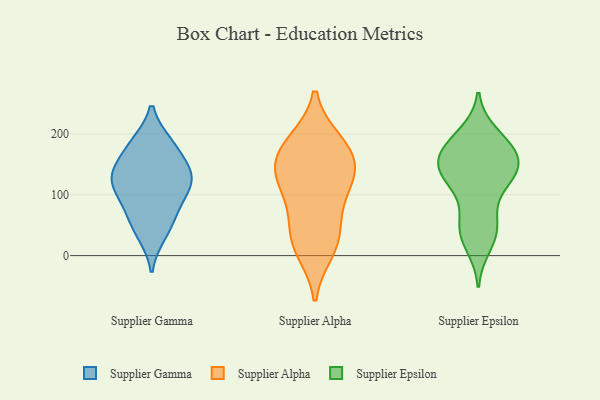
{"axis": {"x": "Active Users", "y": "Value"}, "legend": ["Supplier Alpha", "Supplier Epsilon", "Supplier Gamma"], "data": [{"x": "", "y": 34, "type": "Supplier Gamma"}, {"x": "", "y": 81, "type": "Supplier Gamma"}, {"x": "", "y": 135, "type": "Supplier Gamma"}, {"x": "", "y": 136, "type": "Supplier Gamma"}, {"x": "", "y": 60, "type": "Supplier Gamma"}, {"x": "", "y": 110, "type": "Supplier Gamma"}, {"x": "", "y": 185, "type": "Supplier Gamma"}, {"x": "", "y": 182, "type": "Supplier Gamma"}, {"x": "", "y": 142, "type": "Supplier Gamma"}, {"x": "", "y": 111, "type": "Supplier Gamma"}, {"x": "", "y": 10, "type": "Supplier Alpha"}, {"x": "", "y": 117, "type": "Supplier Alpha"}, {"x": "", "y": 186, "type": "Supplier Alpha"}, {"x": "", "y": 147, "type": "Supplier Alpha"}, {"x": "", "y": 78, "type": "Supplier Alpha"}, {"x": "", "y": 117, "type": "Supplier Alpha"}, {"x": "", "y": 31, "type": "Supplier Alpha"}, {"x": "", "y": 28, "type": "Supplier Alpha"}, {"x": "", "y": 184, "type": "Supplier Alpha"}, {"x": "", "y": 163, "type": "Supplier Alpha"}, {"x": "", "y": 144, "type": "Supplier Alpha"}, {"x": "", "y": 170, "type": "Supplier Epsilon"}, {"x": "", "y": 175, "type": "Supplier Epsilon"}, {"x": "", "y": 135, "type": "Supplier Epsilon"}, {"x": "", "y": 158, "type": "Supplier Epsilon"}, {"x": "", "y": 67, "type": "Supplier Epsilon"}, {"x": "", "y": 42, "type": "Supplier Epsilon"}, {"x": "", "y": 149, "type": "Supplier Epsilon"}, {"x": "", "y": 37, "type": "Supplier Epsilon"}, {"x": "", "y": 46, "type": "Supplier Epsilon"}, {"x": "", "y": 136, "type": "Supplier Epsilon"}, {"x": "", "y": 132, "type": "Supplier Epsilon"}, {"x": "", "y": 199, "type": "Supplier Epsilon"}, {"x": "", "y": 151, "type": "Supplier Epsilon"}, {"x": "", "y": 125, "type": "Supplier Epsilon"}, {"x": "", "y": 188, "type": "Supplier Epsilon"}, {"x": "", "y": 17, "type": "Supplier Epsilon"}, {"x": "", "y": 115, "type": "Supplier Epsilon"}, {"x": "", "y": 183, "type": "Supplier Epsilon"}]}